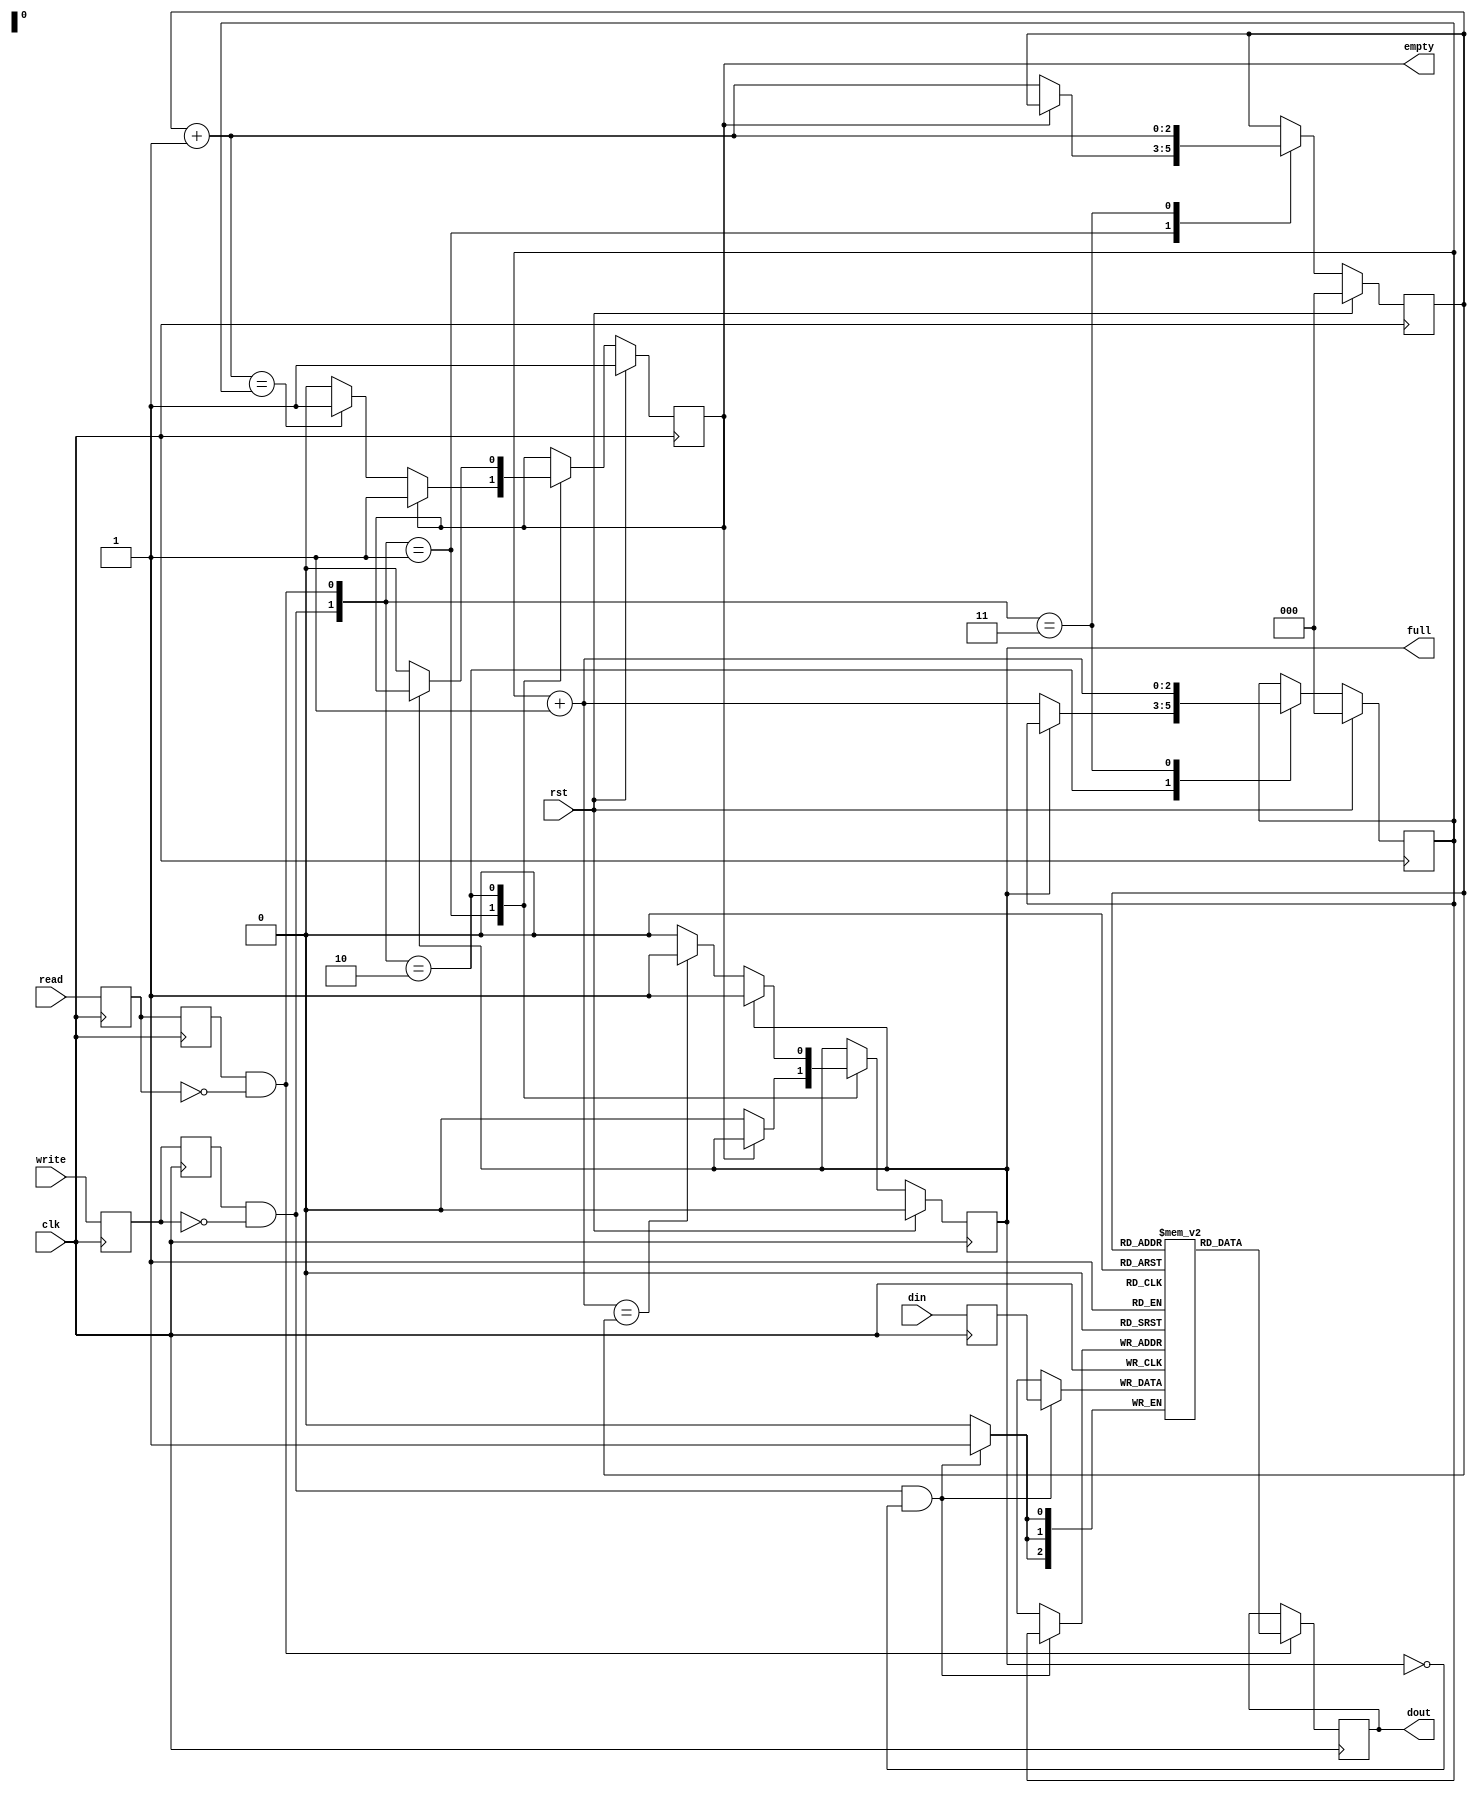
`timescale 1ns / 1ps

// FIFOs are used for many operations such as crossing clock domains, buffering and aligning data 

module FIFO # (parameter abit= 3, dbit = 3)(
    input clk,
    input rst,
    input read,
    input write,
    input [dbit-1: 0] din,
    output [dbit-1: 0] dout,
    output empty,
    output full
    );

reg [dbit-1: 0] r_din;
reg [dbit-1: 0] r_dout;
reg msmv1wr ;
reg msmv2wr ; 
reg msmv1rd ;
reg msmv2rd ; 
wire r_wr, r_rd;
reg r_empty, r_full, r_full_next, r_empty_next;
reg [dbit-1: 0]memarray [2**abit-1 :0];                           // 8 bits depth 3 bits width  
reg [abit-1: 0]wr_ptr, rd_ptr, wr_ptr_next, rd_ptr_next; 
reg [abit-1: 0] wr_ptr_buffer, rd_ptr_buffer;                         // address pointers 
// since rd_ptr_next or wr_ptr_next cannot be changed and campared in same cycle...add buffer stages

always @ (posedge clk) r_din<= din;
assign dout = r_dout;
assign empty = r_empty;                                          // empty flag 
assign full = r_full;                                            // full flag 

always @ (posedge clk)  msmv1wr <= write;   
always @ (posedge clk) msmv2wr <= msmv1wr;
assign r_wr = msmv2wr & ~msmv1wr;                               //to detect the one cycle pulse of write upon negative edge of input

always @ (posedge clk)  msmv1rd <= read; 
always @ (posedge clk) msmv2rd <= msmv1rd;
assign r_rd = msmv2rd & ~msmv1rd;                               //to detect the one cycle pulse of read

always @ (posedge clk) begin                                    // write operation
    if (r_wr & ~r_full)
        memarray [wr_ptr] <= r_din;
        end 
        
always @ (posedge clk) begin                                    // read operation
    if (r_rd)                                                   // cannot include ~r_empty since it conflict with r_empty instantiation
        r_dout <= memarray [rd_ptr];
        end 

always @ (posedge clk)                                        
    if (rst) begin
     rd_ptr <= 1'b0;
     wr_ptr <= 1'b0;
     r_full <= 1'b0;
     r_empty <= 1'b1;
     
     //r_dout <= 1'b0;
     end
    
    else begin
     rd_ptr <= rd_ptr_next;
     wr_ptr <= wr_ptr_next;
     r_full <= r_full_next;
     r_empty <=  r_empty_next; end 
        
        
always @ (*) begin                                           
   wr_ptr_buffer <= wr_ptr + 1;
   rd_ptr_buffer <= rd_ptr + 1;
   rd_ptr_next <= rd_ptr;
   wr_ptr_next <= wr_ptr;
   r_full_next <= r_full;
   r_empty_next <= r_empty;
   
    case({r_wr, r_rd})
        2'b01:  
            if (~empty) begin 
                rd_ptr_next <=  rd_ptr_buffer;
                r_full_next <= 1'b0;
                if (rd_ptr_buffer == wr_ptr)
                    r_empty_next <= 1'b1; end
         2'b10:  
               if (~full) begin 
                   wr_ptr_next <= wr_ptr_buffer;
                   r_empty_next <= 1'b0;
                   if (wr_ptr_buffer == rd_ptr)
                      r_full_next <= 1'b1; end
                    
          2'b11: begin 
                   wr_ptr_next <= wr_ptr_buffer;
                   rd_ptr_next <= rd_ptr_buffer; end
     endcase              
end 
       

endmodule


// This is a modified hardware implementation of FIFO design by Faraz Khan 
// please visit // www.simplefpga.blogspot.com for full description 
// Revised design source and constraints to work with Blakboard FPGA